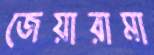
জেয়ারামা